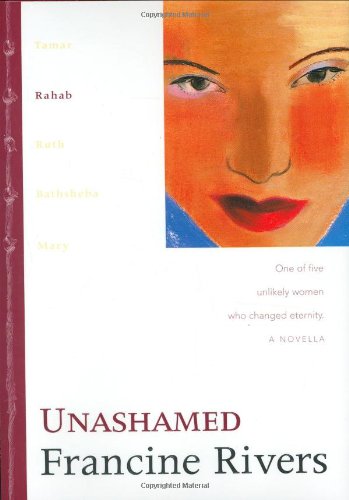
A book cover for Unashamed: Rahab (The Lineage of Grace Series #2); Francine Rivers; Religion & Spirituality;